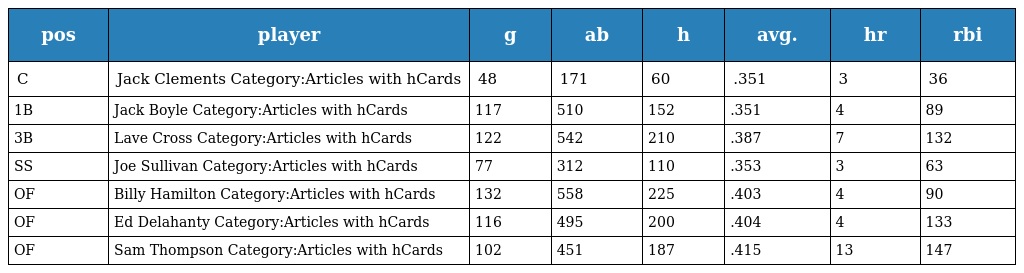
| pos | player | g | ab | h | avg. | hr | rbi |
 | --- | --- | --- | --- | --- | --- | --- | --- |
 | C | Jack Clements Category:Articles with hCards | 48 | 171 | 60 | .351 | 3 | 36 |
 | 1B | Jack Boyle Category:Articles with hCards | 117 | 510 | 152 | .351 | 4 | 89 |
 | 3B | Lave Cross Category:Articles with hCards | 122 | 542 | 210 | .387 | 7 | 132 |
 | SS | Joe Sullivan Category:Articles with hCards | 77 | 312 | 110 | .353 | 3 | 63 |
 | OF | Billy Hamilton Category:Articles with hCards | 132 | 558 | 225 | .403 | 4 | 90 |
 | OF | Ed Delahanty Category:Articles with hCards | 116 | 495 | 200 | .404 | 4 | 133 |
 | OF | Sam Thompson Category:Articles with hCards | 102 | 451 | 187 | .415 | 13 | 147 |